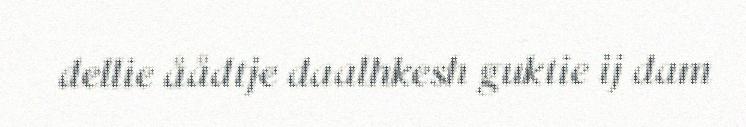
dellie åådtje daalhkesh guktie ij dam